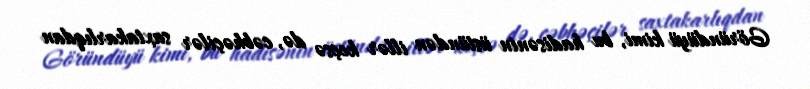
Göründüyü kimi, bu hadisənin üstündən illər keçsə də, cəbhəçilər saxtakarlıqdan